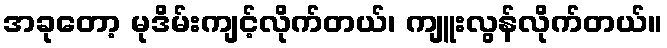
အခုတော့ မုဒိမ်းကျင့်လိုက်တယ်၊ ကျူးလွန်လိုက်တယ်။